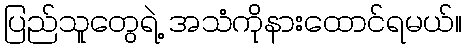
ပြည်သူတွေရဲ့ အသံကိုနားထောင်ရမယ်။